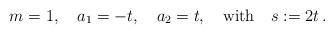
LaTeX: \begin{align*}m=1,\ \ \ a_1=-t, \ \ \ a_2=t, \ \ \ \mbox{\rm with}\ \ \ s:=2t\, .\end{align*}